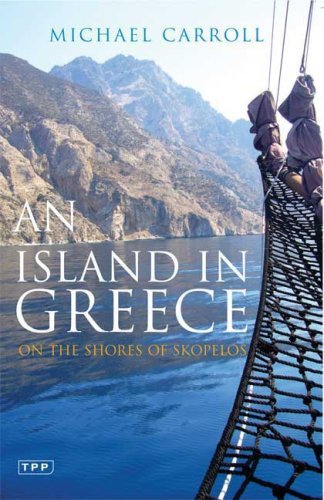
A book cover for An Island in Greece: On the Shores of Skopelos; Michael Carroll; Travel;